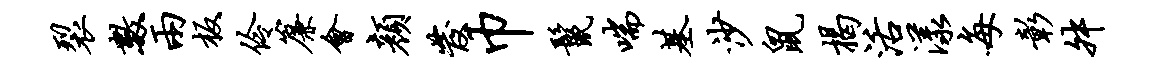
裂数两板伶帘会颜发巾鬣喘基沙鼠揭活漾每彰舛